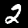
Label: 2